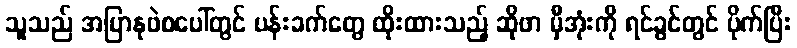
သူသည် အပြာနုဖဲစပေါ်တွင် ပန်းခက်တွေ ထိုးထားသည့် ဆိုဖာ မှီအုံးကို ရင်ခွင်တွင် ပိုက်ပြီး